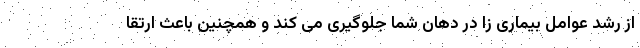
از رشد عوامل بیماری زا در دهان شما جلوگیری می کند و همچنین باعث ارتقا